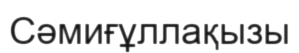
Сәмиғұллақызы